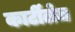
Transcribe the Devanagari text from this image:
कार्टीलेज